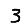
Digit: 3